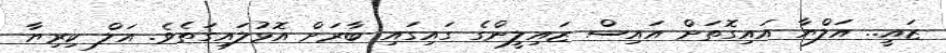
ޒައީ.. އަލްޔާ އައިގޮތަށް އައިސް ޒައިލީންގެ ގައިގައި ބާރަށް އޮޅުލައިގަތެވެ. އަލް ކިރިޔާ